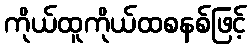
ကိုယ်ထူကိုယ်ထစနစ်ဖြင့်